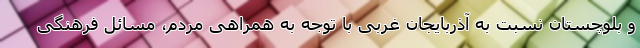
و بلوچستان نسبت به آذربایجان غربی با توجه به همراهی مردم، مسائل فرهنگی